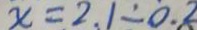
x = 2 1 \div 0 . 8